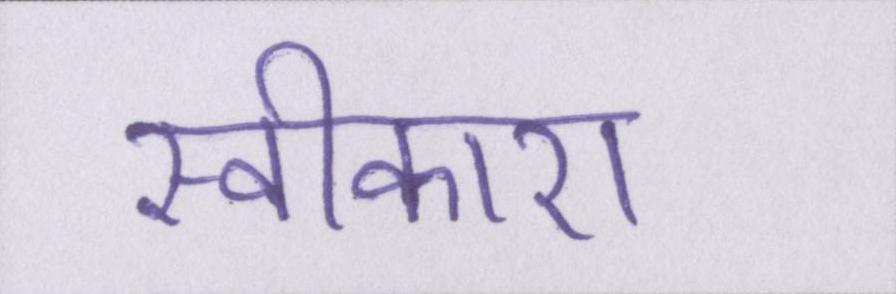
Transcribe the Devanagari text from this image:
स्वीकारा